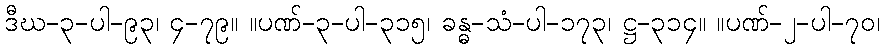
ဒီဃ-၃-ပါ-၉၃၊ ၄-၇၉။ ။ပဏ်-၃-ပါ-၃၁၅၊ ခန္ဓ-သံ-ပါ-၁၇၃၊ ဋ္ဌ-၃၁၄။ ။ပဏ်-၂-ပါ-၇၀၊